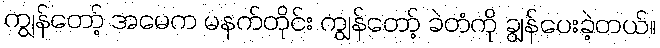
ကျွန်တော့် အမေက မနက်တိုင်း ကျွန်တော့် ခဲတံကို ချွန်ပေးခဲ့တယ်။